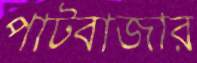
পাটবাজার